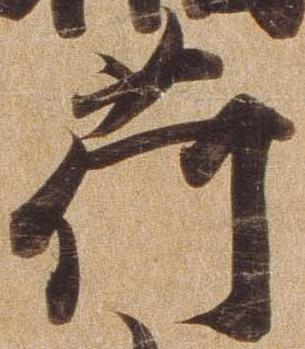
荷